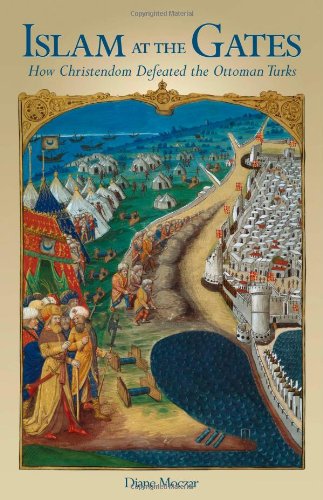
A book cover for Islam At The Gates: How Christendom Defeated the Ottoman Turks; Diane Moczar; History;